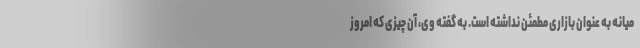
میانه به عنوان بازاری مطمئن نداشته است. به گفته وی، آن چیزی که امروز